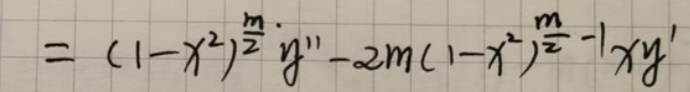
\[
=(1 - x^{2})^{\frac{m}{2}}y'' - 2m(1 - x^{2})^{\frac{m}{2}-1}xy'
\]